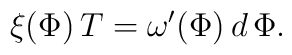
\xi(\Phi)\,T = \omega'(\Phi)\,d\,\Phi.